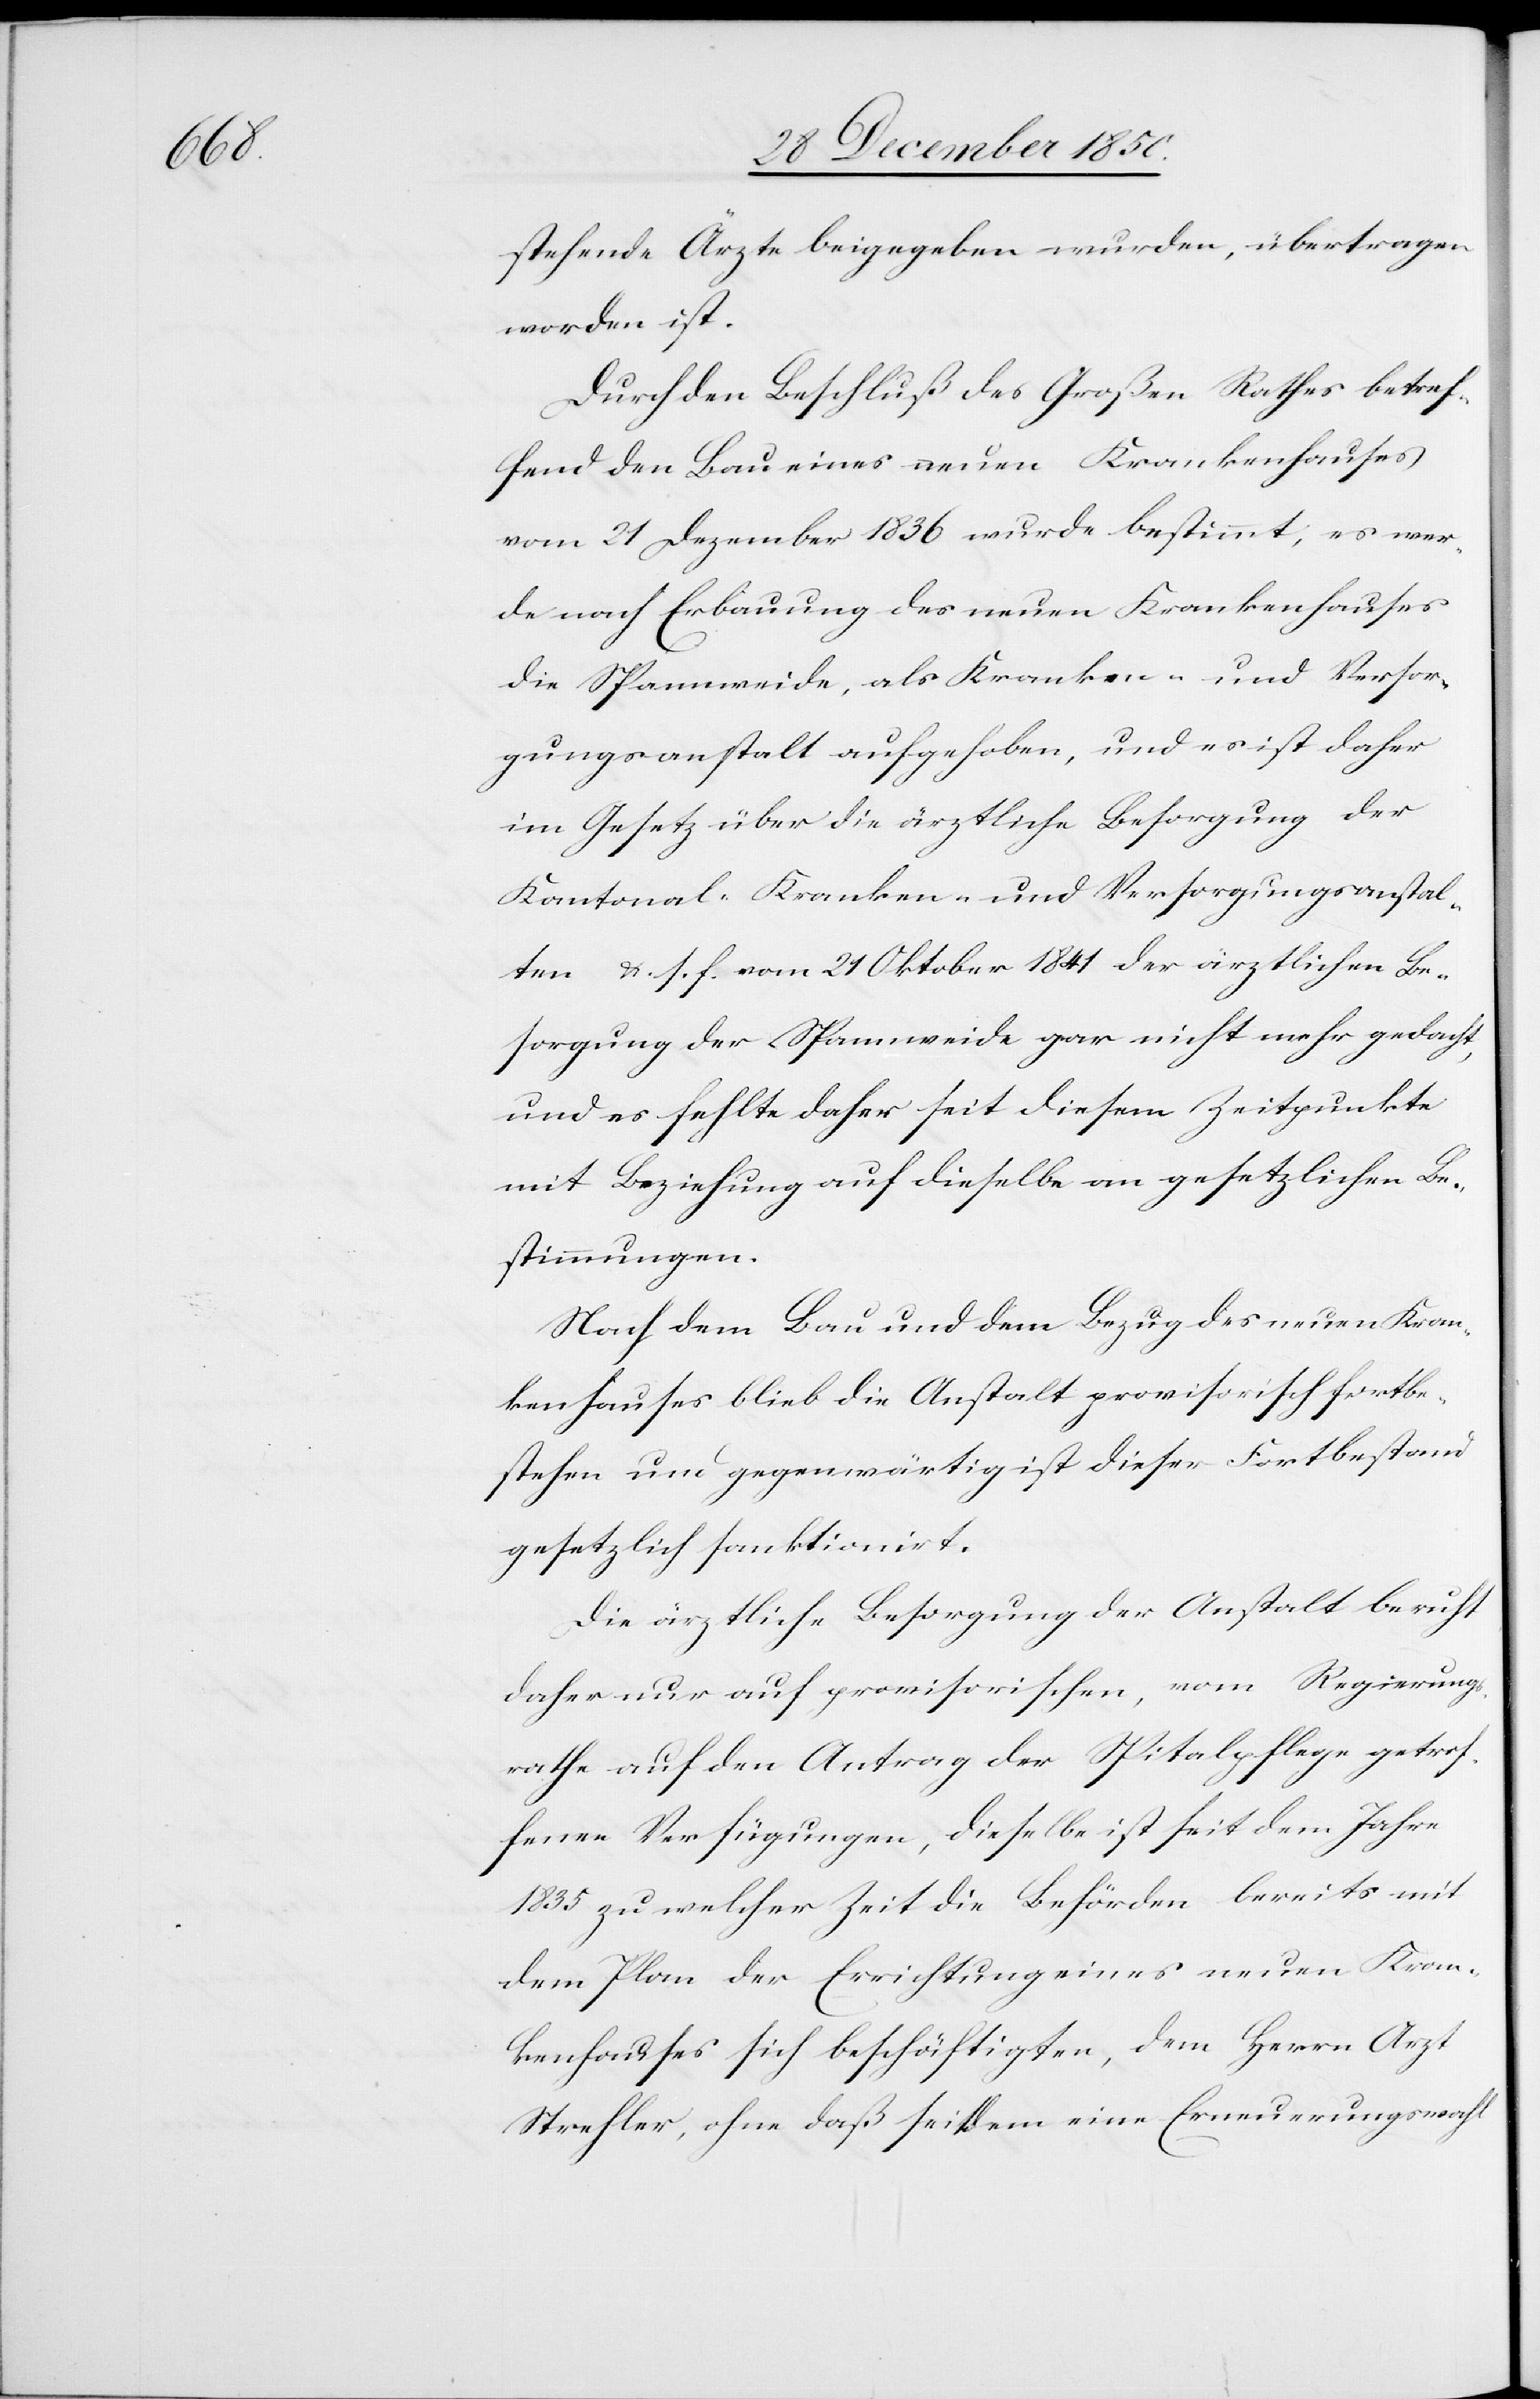
stehende Ärzte beigegeben wurden, übertragen
worden ist.
Durch den Beschluß des Großen Rathes betref¬
fend den Bau eines neuen Krankenhauses
vom 21 Dezember 1836 wurde bestimmt, es wer¬
de nach Erbauung des neuen Krankenhauses
die Spannweide, als Kranken- und Versor¬
gungsanstalt aufgehoben, und es ist daher
im Gesetz über die ärztliche Besorgung der
Kantonal-Kranken- und Versorgungsanstal¬
ten u. s. f. vom 21 Oktober 1841 der ärztlichen Be¬
sorgung der Spannweide gar nicht mehr gedacht,
und es fehlte daher seit diesem Zeitpunkte
mit Beziehung auf dieselbe an gesetzlichen Be¬
stimmungen.
Nach dem Bau und dem Bezug des neuen Kran¬
kenhauses blieb die Anstalt provisorisch fortbe¬
stehen und gegenwärtig ist dieser Fortbestand
gesetzlich sanktionirt.
Die ärztliche Besorgung der Anstalt beruht
daher nur auf provisorischen, vom Regierungs¬
rathe auf den Antrag der Spitalpflege getrof¬
fenen Verfügungen, dieselbe ist seit dem Jahre
1835 zu welcher Zeit die Behörden bereits mit
dem Plan der Errichtung eines neuen Kran¬
kenhauses sich beschäftigten, dem Herrn Arzt
Strehler, ohne daß seitdem eine Erneuerungswahl